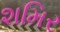
શમિર